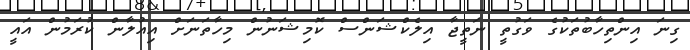
ގިނަ އިންތިހާބުތަކުގެ ވަގުތީ ނަތީޖާ އިލެކްޝަންސް ކޮމިޝަނުން މިހާތަނަށް އިއުލާން ކުރަމުން އައީ